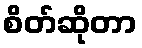
စိတ်ဆိုတာ